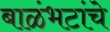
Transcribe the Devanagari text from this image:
बाळंभटांचे